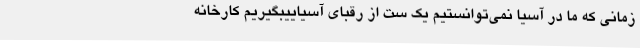
زمانی که ما در آسیا نمی‌توانستیم یک ست از رقبای آسیاییبگیریم کارخانه